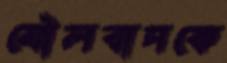
মৌলবাদকে